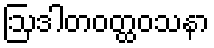
ဩဒါတဝတ္ထဝသနာ